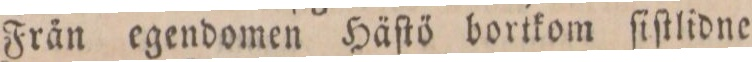
Frän egendomen Häſtö bortkom ſiſtlidne